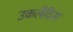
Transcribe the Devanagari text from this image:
उकलैदिस